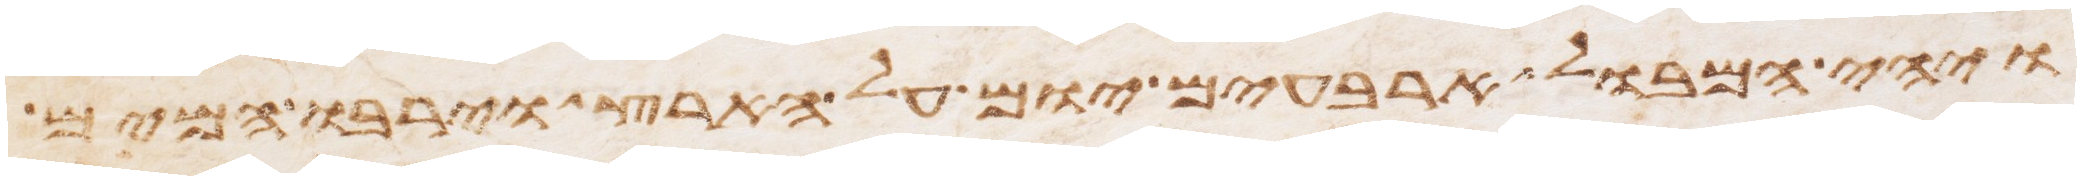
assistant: ויהי המבול ארבעים יום על הארץ וירבו המים